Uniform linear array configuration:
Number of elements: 24
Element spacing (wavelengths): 1
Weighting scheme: binomial
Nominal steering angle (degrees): -45
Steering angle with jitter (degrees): -43.641
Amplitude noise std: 0.05
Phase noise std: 0.05

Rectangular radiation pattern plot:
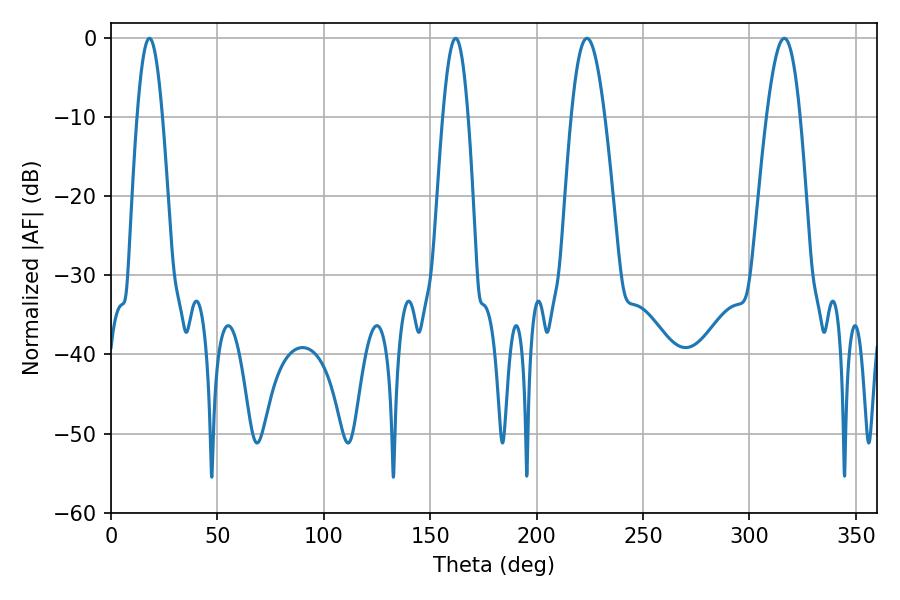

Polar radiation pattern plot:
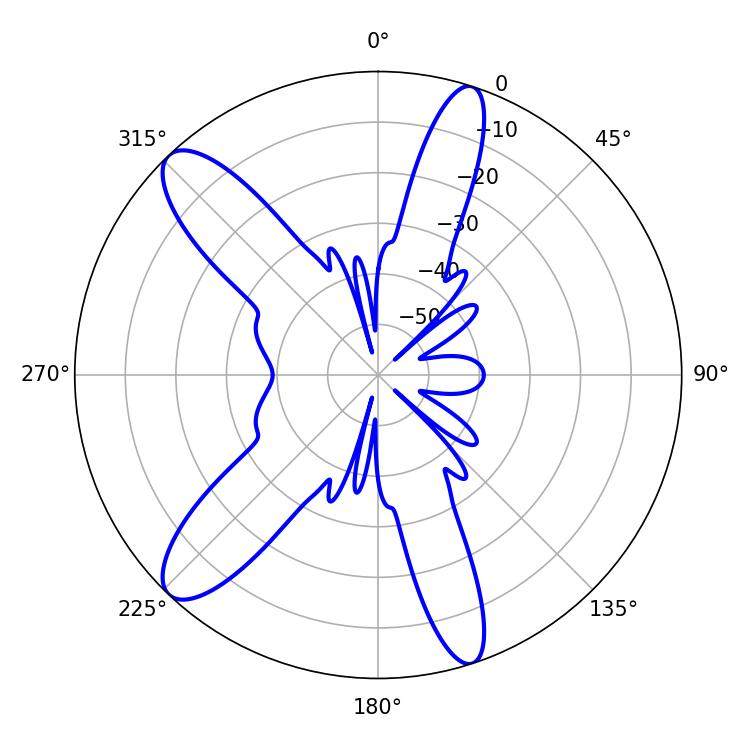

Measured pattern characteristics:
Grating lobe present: TRUE
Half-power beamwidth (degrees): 8.46
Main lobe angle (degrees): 223.56